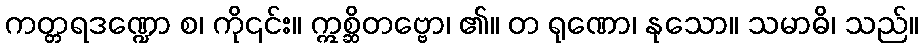
ကတ္တရဒဏ္ဍော စ၊ ကို၎င်း။ ဣစ္ဆိတဗ္ဗော၊ ၏။ တ ရုဏော၊ နုသော။ သမာဓိ၊ သည်။